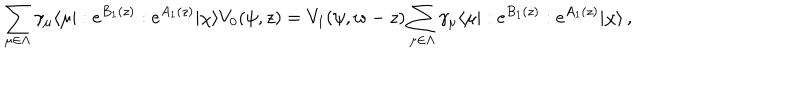
\sum _ { \mu \in \Lambda } \gamma _ { \mu } \langle \mu | : e ^ { B _ { 1 } ( z ) } : e ^ { A _ { 1 } ( z ) } | \chi \rangle V _ { 0 } ( \psi , z ) = V _ { 1 } ( \psi , w - z ) \sum _ { \mu \in \Lambda } \gamma _ { \mu } \langle \mu | : e ^ { B _ { 1 } ( z ) } : e ^ { A _ { 1 } ( z ) } | \chi \rangle \, ,